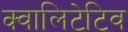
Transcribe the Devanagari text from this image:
क्वालिटेटिव